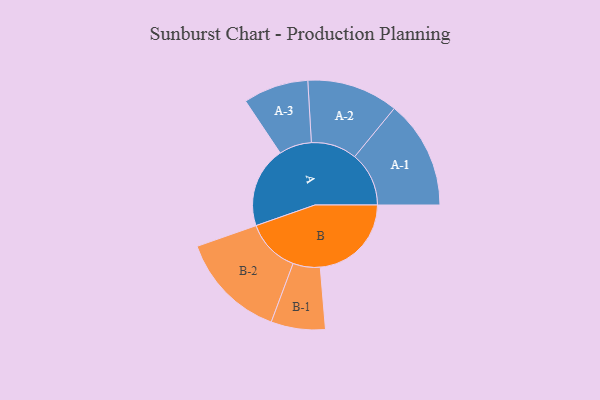
{"axis": {"x": "Segment", "y": "Value"}, "legend": ["", "A", "B"], "data": [{"x": "A", "y": 352, "type": ""}, {"x": "B", "y": 397, "type": ""}, {"x": "A-1", "y": 236, "type": "A"}, {"x": "A-2", "y": 199, "type": "A"}, {"x": "A-3", "y": 142, "type": "A"}, {"x": "B-1", "y": 118, "type": "B"}, {"x": "B-2", "y": 234, "type": "B"}]}